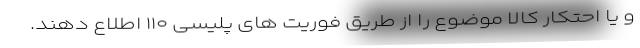
و یا احتکار کالا موضوع را از طریق فوریت های پلیسی ۱۱۰ اطلاع دهند.